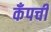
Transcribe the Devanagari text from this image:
कँपची